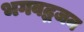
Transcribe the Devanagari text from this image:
भगवद्भजन